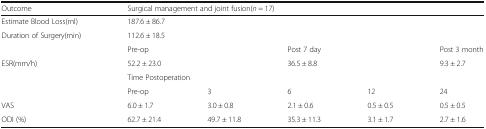
<table><thead><tr><td><b>Outcome</b></td><td colspan="5"><b>Surgical management and joint fusion(<i>n</i> = 17)</b></td></tr></thead><tbody><tr><td>Estimate Blood Loss(ml)</td><td colspan="5">187.6 ± 86.7</td></tr><tr><td>Duration of Surgery(min)</td><td colspan="5">112.6 ± 18.5</td></tr><tr><td></td><td colspan="2">Pre-op</td><td colspan="2">Post 7 day</td><td>Post 3 month</td></tr><tr><td>ESR(mm/h)</td><td colspan="2">52.2 ± 23.0</td><td colspan="2">36.5 ± 8.8</td><td>9.3 ± 2.7</td></tr><tr><td></td><td colspan="5">Time Postoperation</td></tr><tr><td></td><td>Pre-op</td><td>3</td><td>6</td><td>12</td><td>24</td></tr><tr><td>VAS</td><td>6.0 ± 1.7</td><td>3.0 ± 0.8</td><td>2.1 ± 0.6</td><td>0.5 ± 0.5</td><td>0.5 ± 0.5</td></tr><tr><td>ODI (%)</td><td>62.7 ± 21.4</td><td>49.7 ± 11.8</td><td>35.3 ± 11.3</td><td>3.1 ± 1.7</td><td>2.7 ± 1.6</td></tr></tbody></table>